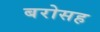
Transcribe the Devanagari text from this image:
बरोसह